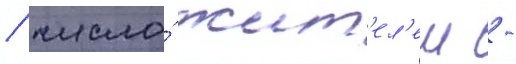
/ число́ жит'ел'еи -